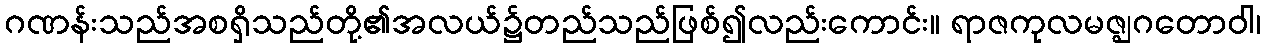
ဂဏန်းသည်အစရှိသည်တို့၏အလယ်၌တည်သည်ဖြစ်၍လည်းကောင်း။ ရာဇကုလမဇ္ဈဂတောဝါ၊